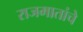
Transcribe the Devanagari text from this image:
राजमातांचे